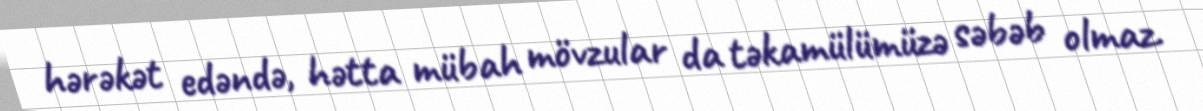
hərəkət edəndə, hətta mübah mövzular da təkamülümüzə səbəb olmaz.